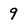
Character: 9